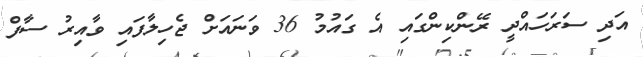
އަދި ސަރަހައްދީ ރޭންކިންގައި އެ ގައުމު 36 ވަނައަށް ޖެހިލާފައި ވާއިރު ސާފް